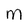
Character: w